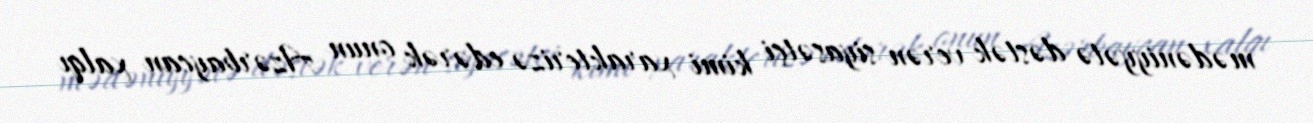
mədəniyyətə dəstək verən siyasətçi kimi xarakterizə edərək onun Azərbaycan xalqı